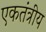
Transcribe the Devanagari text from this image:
एकतंत्रीय